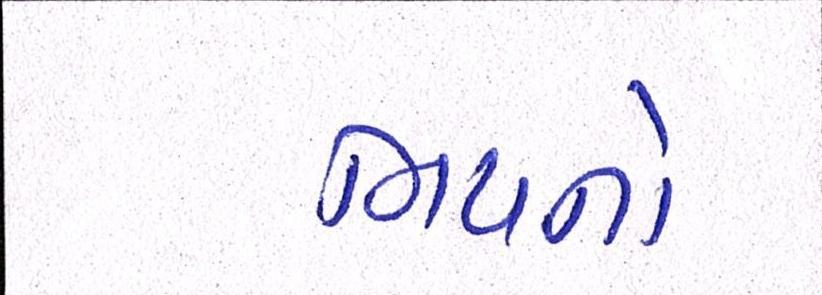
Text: ભયનો